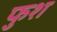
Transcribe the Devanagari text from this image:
फुश